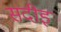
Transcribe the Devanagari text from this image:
सदीइ